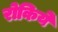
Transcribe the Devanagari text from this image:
रोकिये